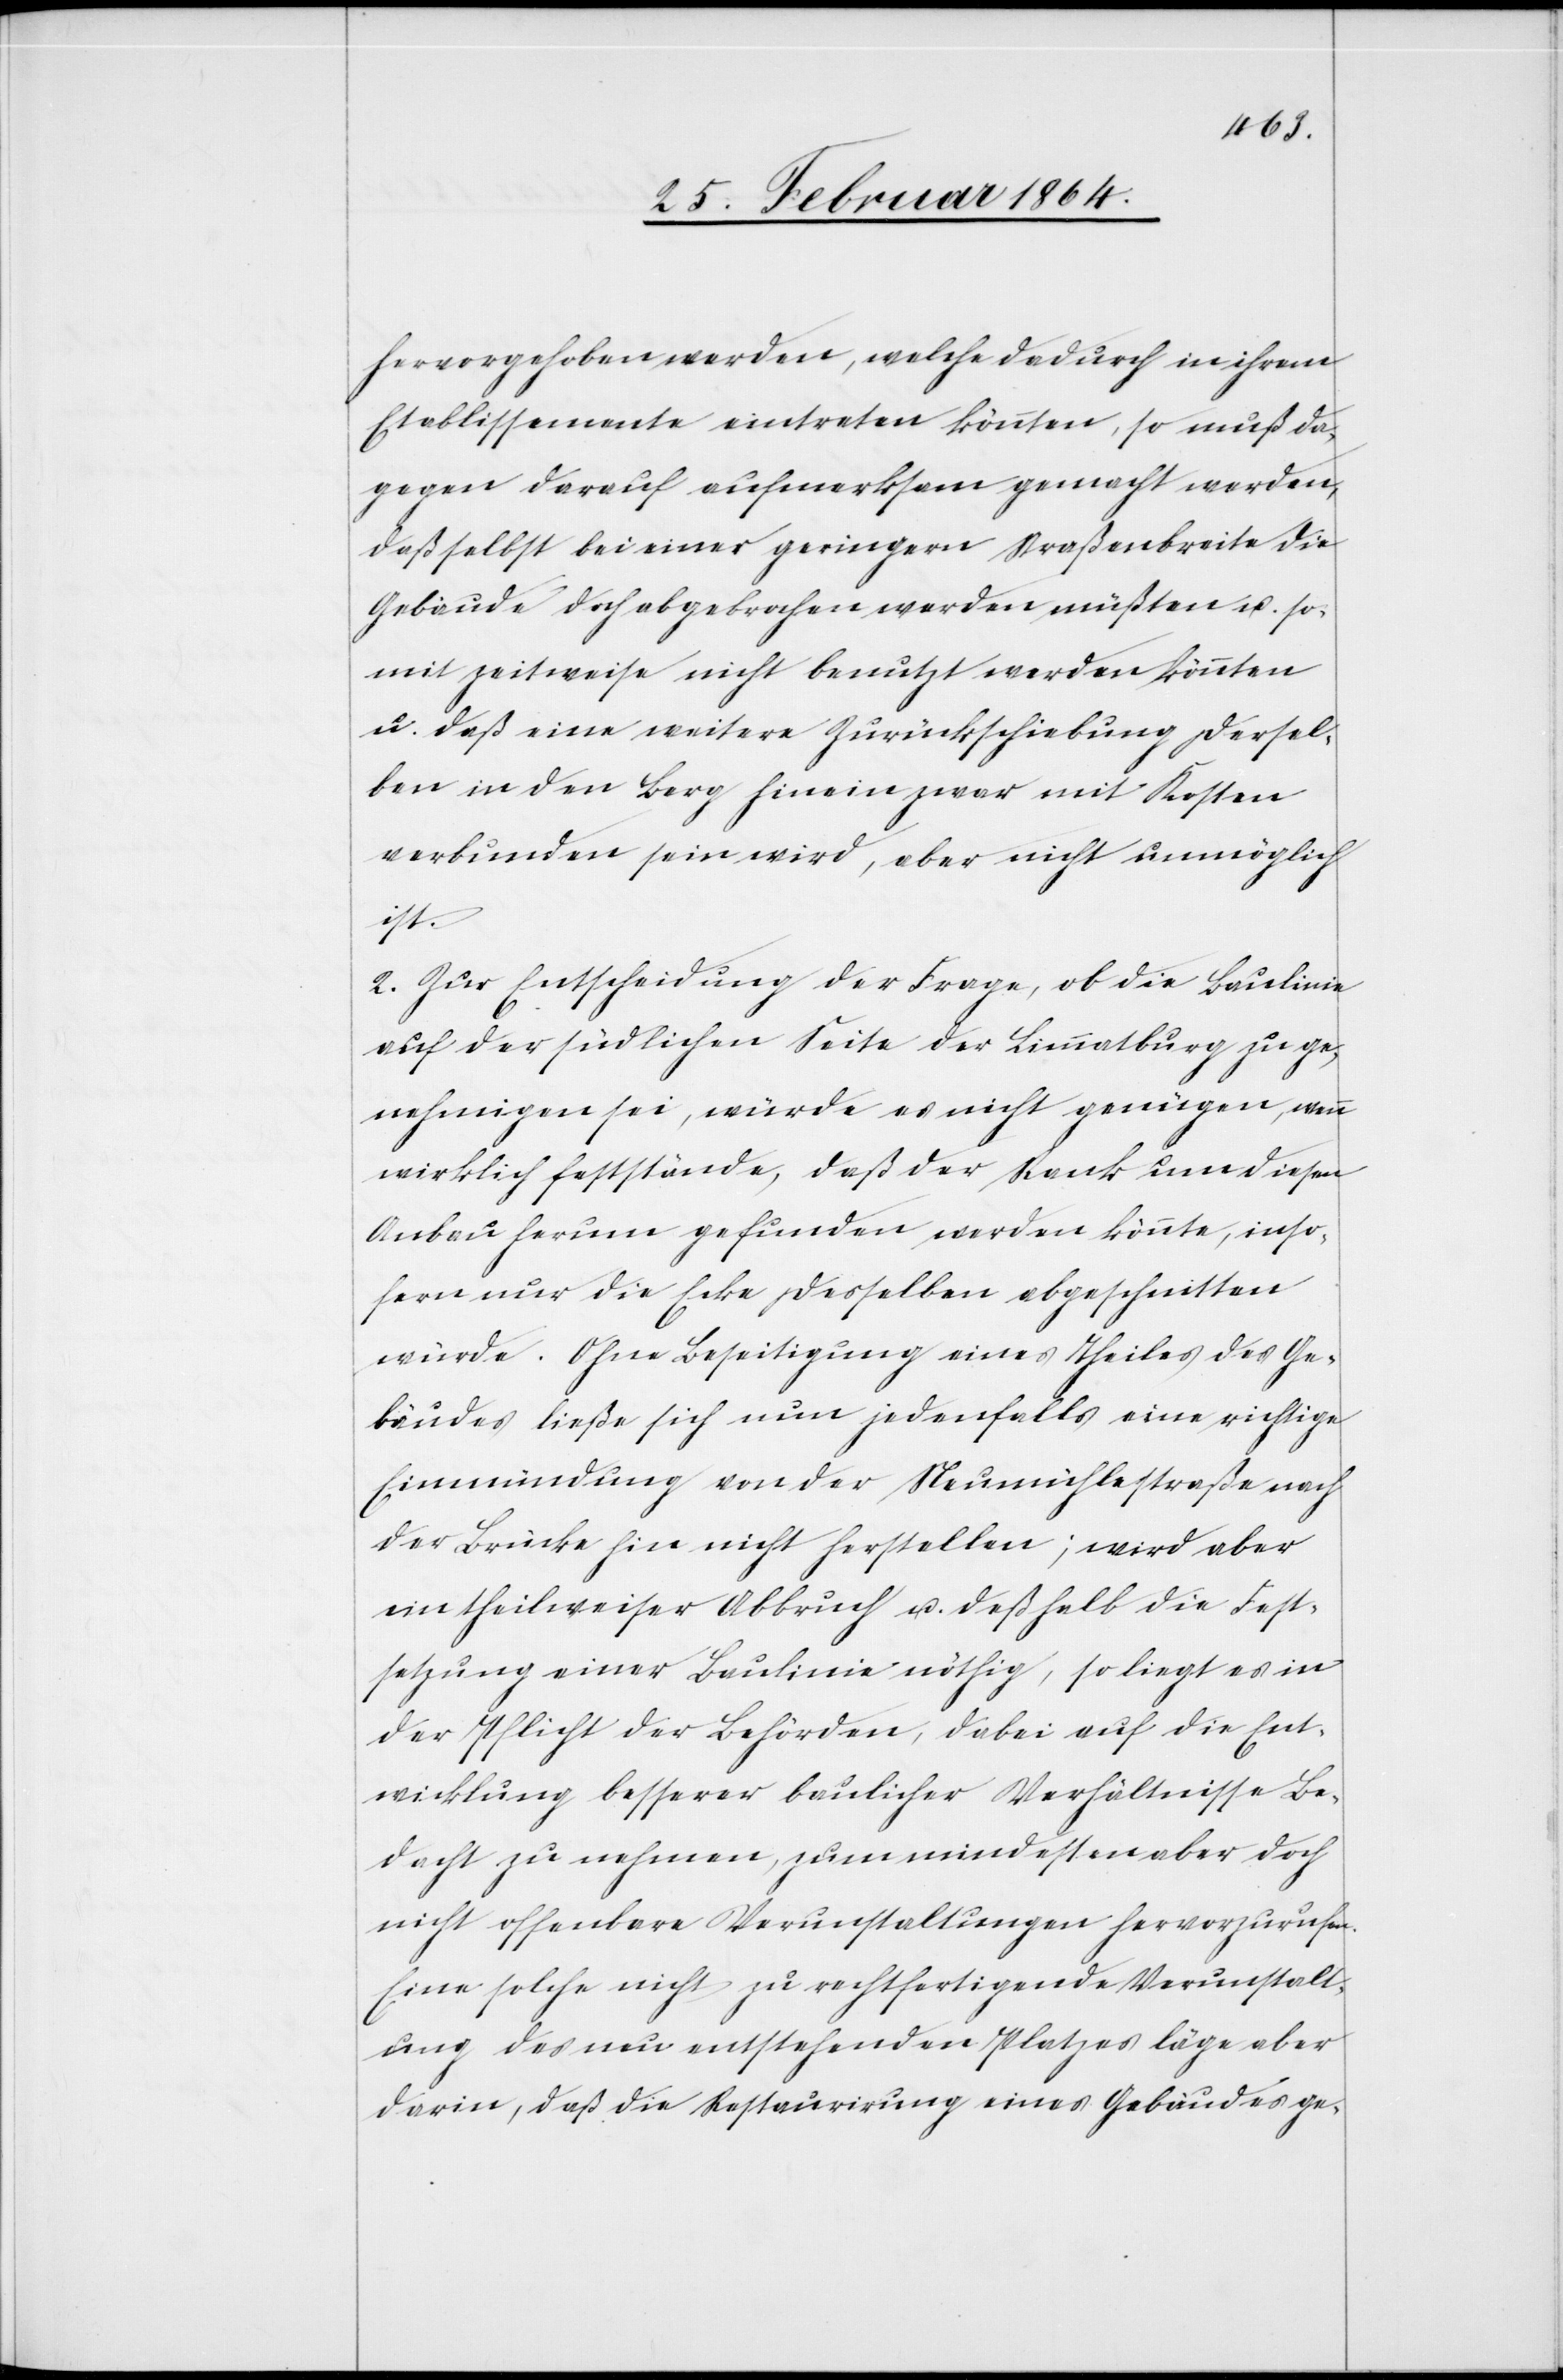
hervorgehoben werden, welche dadurch in ihrem
Etablissemente eintreten könnten, so muß da¬
gegen darauf aufmerksam gemacht werden,
daß selbst bei einer geringern Straßenbreite die
Gebäude doch abgebrochen werden müßten u. so¬
mit zeitweise nicht benutzt werden könnten
u. daß eine weitere Zurückschiebung dersel¬
ben in den Berg hinein zwar mit Kosten
verbunden sein wird, aber nicht unmöglich
ist.
2. Zur Entscheidung der Frage, ob die Baulinie
auf der südlichen Seite der Limmatburg zu ge¬
nehmigen sei, würde es nicht genügen, wenn
wirklich feststände, daß der Rank um diesen
Anbau herum gefunden werden könnte, inso¬
fern nur die Ecke desselben abgeschnitten
würde. Ohne Beseitigung eines Theiles des Ge¬
bäudes ließe sich nun jedenfalls eine richtige
Einmündung von der Neumühlestraße nach
der Brücke hin nicht herstellen; wird aber
ein theilweiser Abbruch u. deßhalb die Fest¬
setzung einer Baulinie nöthig, so liegt es in
der Pflicht der Behörden, dabei auf die Ent¬
wicklung besserer baulicher Verhältnisse Be¬
dacht zu nehmen, zum mindesten aber doch
nicht offenbare Verunstaltungen hervorzurufen.
Eine solche nicht zu rechtfertigende Verunstalt¬
ung des neu entstehenden Platzes läge aber
darin, daß die Restaurirung eines Gebäudes ge-